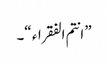
” انتم الفقراء “۔